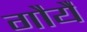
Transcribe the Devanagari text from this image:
गौर्यै